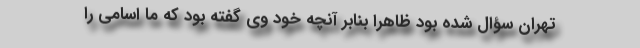
تهران سؤال شده بود ظاهراً بنابر آنچه خود وی گفته بود که ما اسامی را